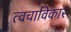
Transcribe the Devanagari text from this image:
त्वचाविकार